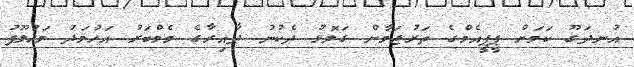
އުނދަގޫ ކަމަށް ޕީޕީއެމްގެ ތަރުޖަމާން ގަލޮޅު ދެކުނު ދާއިރާގެ މެމްބަރު އަހުމަދު މަހުލޫފު